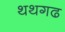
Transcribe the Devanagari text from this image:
थथगढ